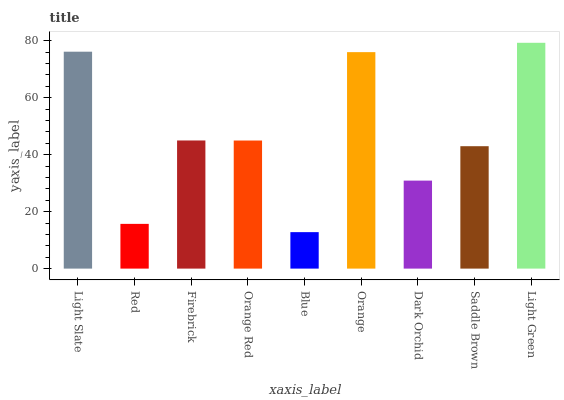
| xaxis_label | bars |
 | --- | --- |
 | Light Slate | 76.2 |
 | Red | 15.7 |
 | Firebrick | 45 |
 | Orange Red | 45 |
 | Blue | 12.8 |
 | Orange | 76 |
 | Dark Orchid | 30.9 |
 | Saddle Brown | 43 |
 | Light Green | 79.3 |